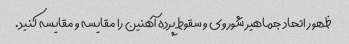
ظهور اتحاد جماهیر شوروی و سقوط پرده آهنین را مقایسه و مقایسه کنید.